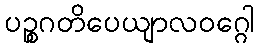
ပဉ္စဂတိပေယျာလဝဂ္ဂေါ